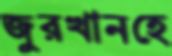
জুরখানহে